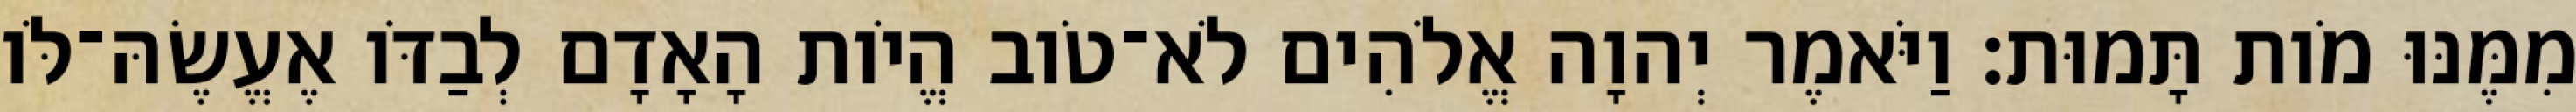
מִמֶּנּוּ מֹות תָּמוּת׃ וַיֹּאמֶר יְהוָה אֱלֹהִים לֹא־טֹוב הֱיֹות הָאָדָם לְבַדֹּו אֶעֱשֶׂהּ־לֹּו